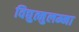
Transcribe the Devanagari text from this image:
विद्युत्मुलम्मा